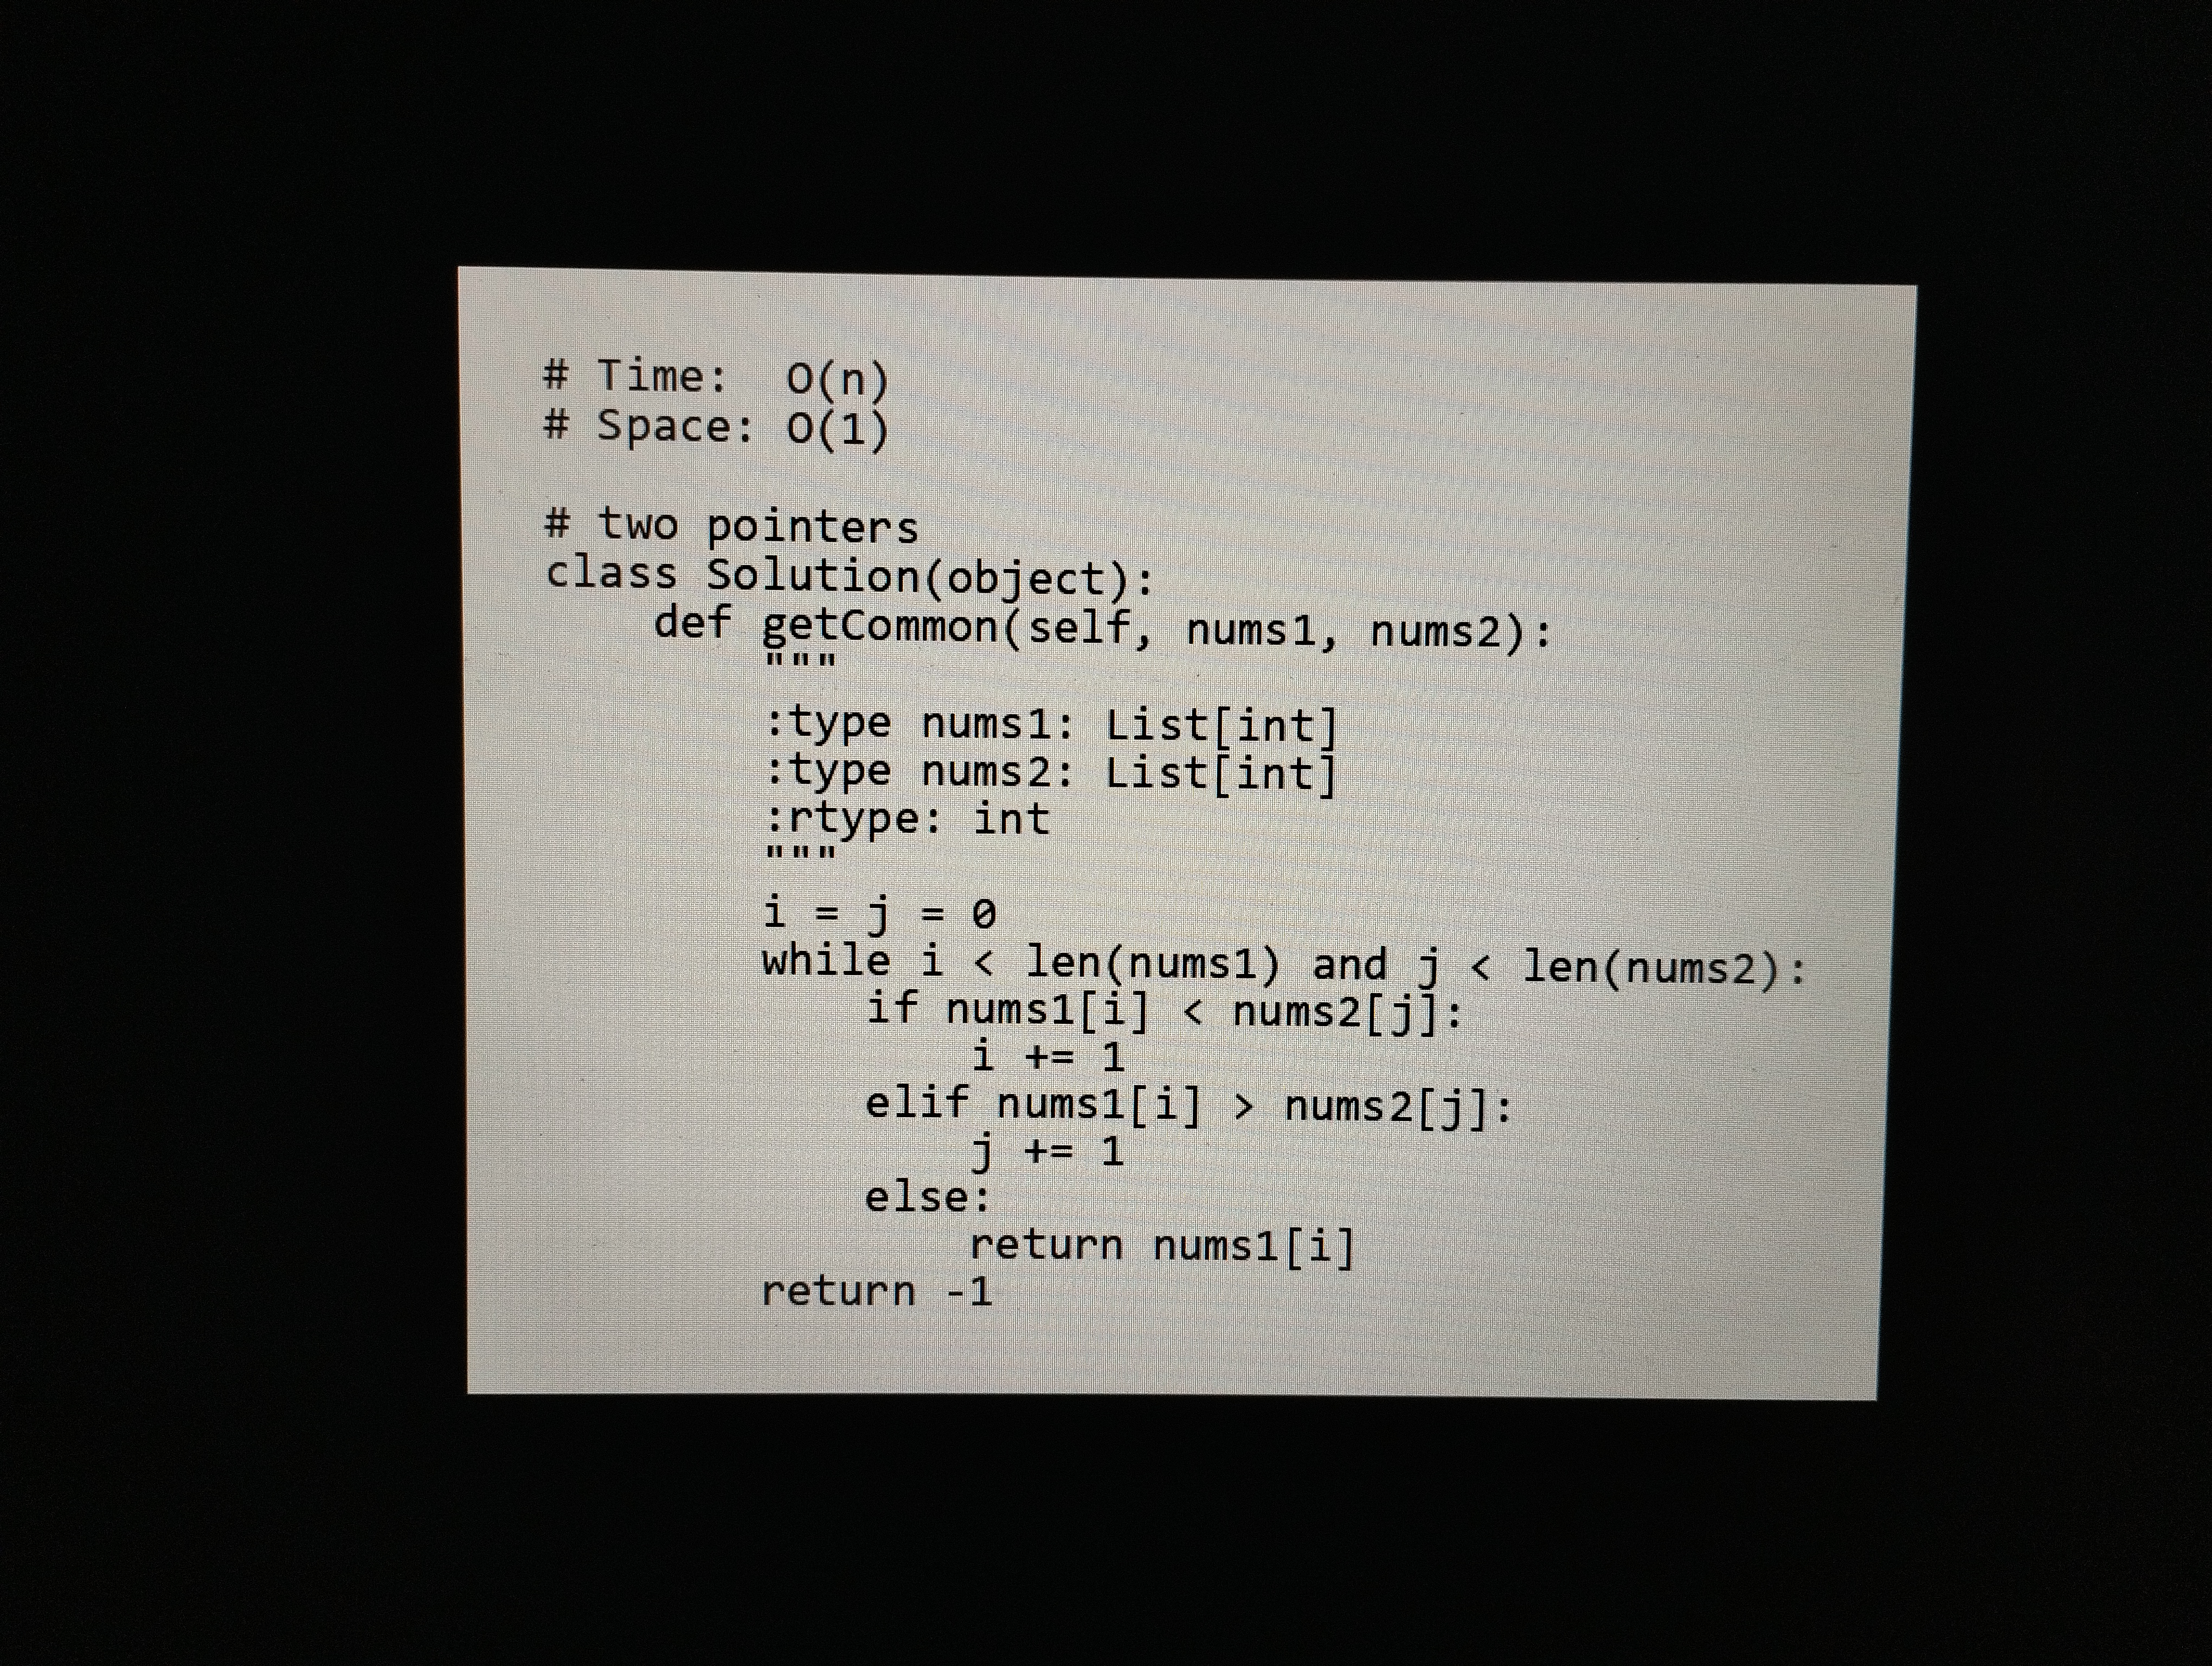
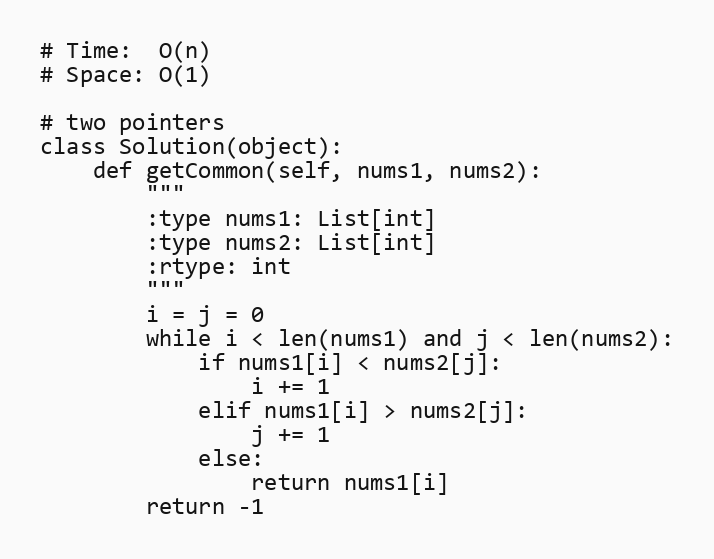
# Time:  O(n)
# Space: O(1)

# two pointers
class Solution(object):
    def getCommon(self, nums1, nums2):
        """
        :type nums1: List[int]
        :type nums2: List[int]
        :rtype: int
        """
        i = j = 0
        while i < len(nums1) and j < len(nums2):
            if nums1[i] < nums2[j]:
                i += 1
            elif nums1[i] > nums2[j]:
                j += 1
            else:
                return nums1[i]
        return -1